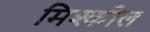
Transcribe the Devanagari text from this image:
मिश्कील